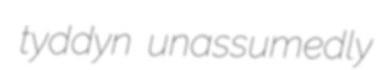
tyddyn unassumedly